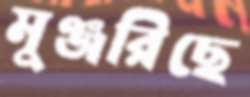
মুঞ্জরিছে